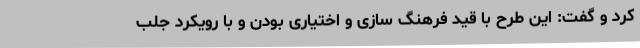
کرد و گفت: این طرح با قید فرهنگ سازی و اختیاری بودن و با رویکرد جلب